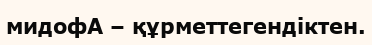
мидофА – құрметтегендіктен.